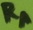
Text: RA